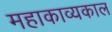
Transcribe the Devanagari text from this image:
महाकाव्‍यकाल